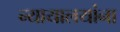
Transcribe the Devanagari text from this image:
न्यायालयांना